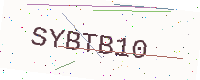
Text: SYBTB10